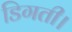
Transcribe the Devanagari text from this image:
डिगती।